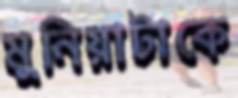
মুনিয়াটাকে